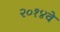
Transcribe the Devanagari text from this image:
२०१४वे